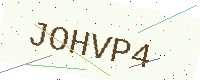
Text: JOHVP4